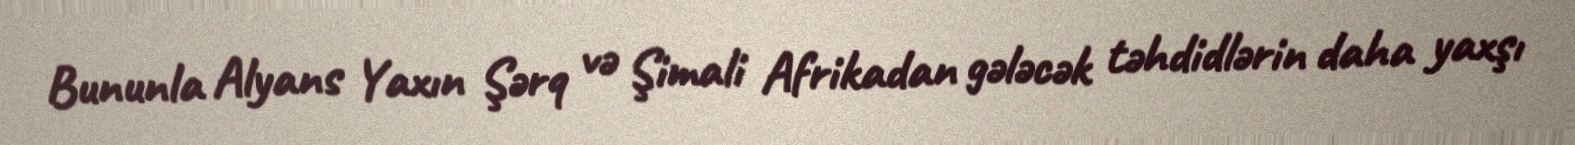
Bununla Alyans Yaxın Şərq və Şimali Afrikadan gələcək təhdidlərin daha yaxşı